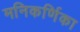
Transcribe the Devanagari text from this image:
मनिकर्णिका